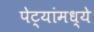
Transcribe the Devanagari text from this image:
पेट्यांमध्ये